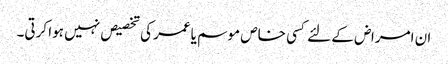
ان امراض کے لئے کسی خاص موسم یاعمر کی تخصیص نہیں ہوا کرتی۔